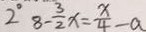
2 ^ { \circ } 8 - \frac { 3 } { 2 } x = \frac { x } { 4 } - a